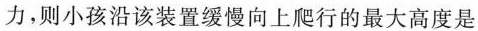
力，则小孩沿该装置缓慢向上爬行的最大高度是